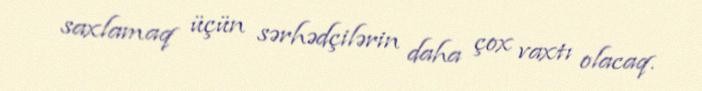
saxlamaq üçün sərhədçilərin daha çox vaxtı olacaq.